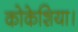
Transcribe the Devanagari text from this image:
कोकेशिया।